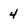
Character: 4